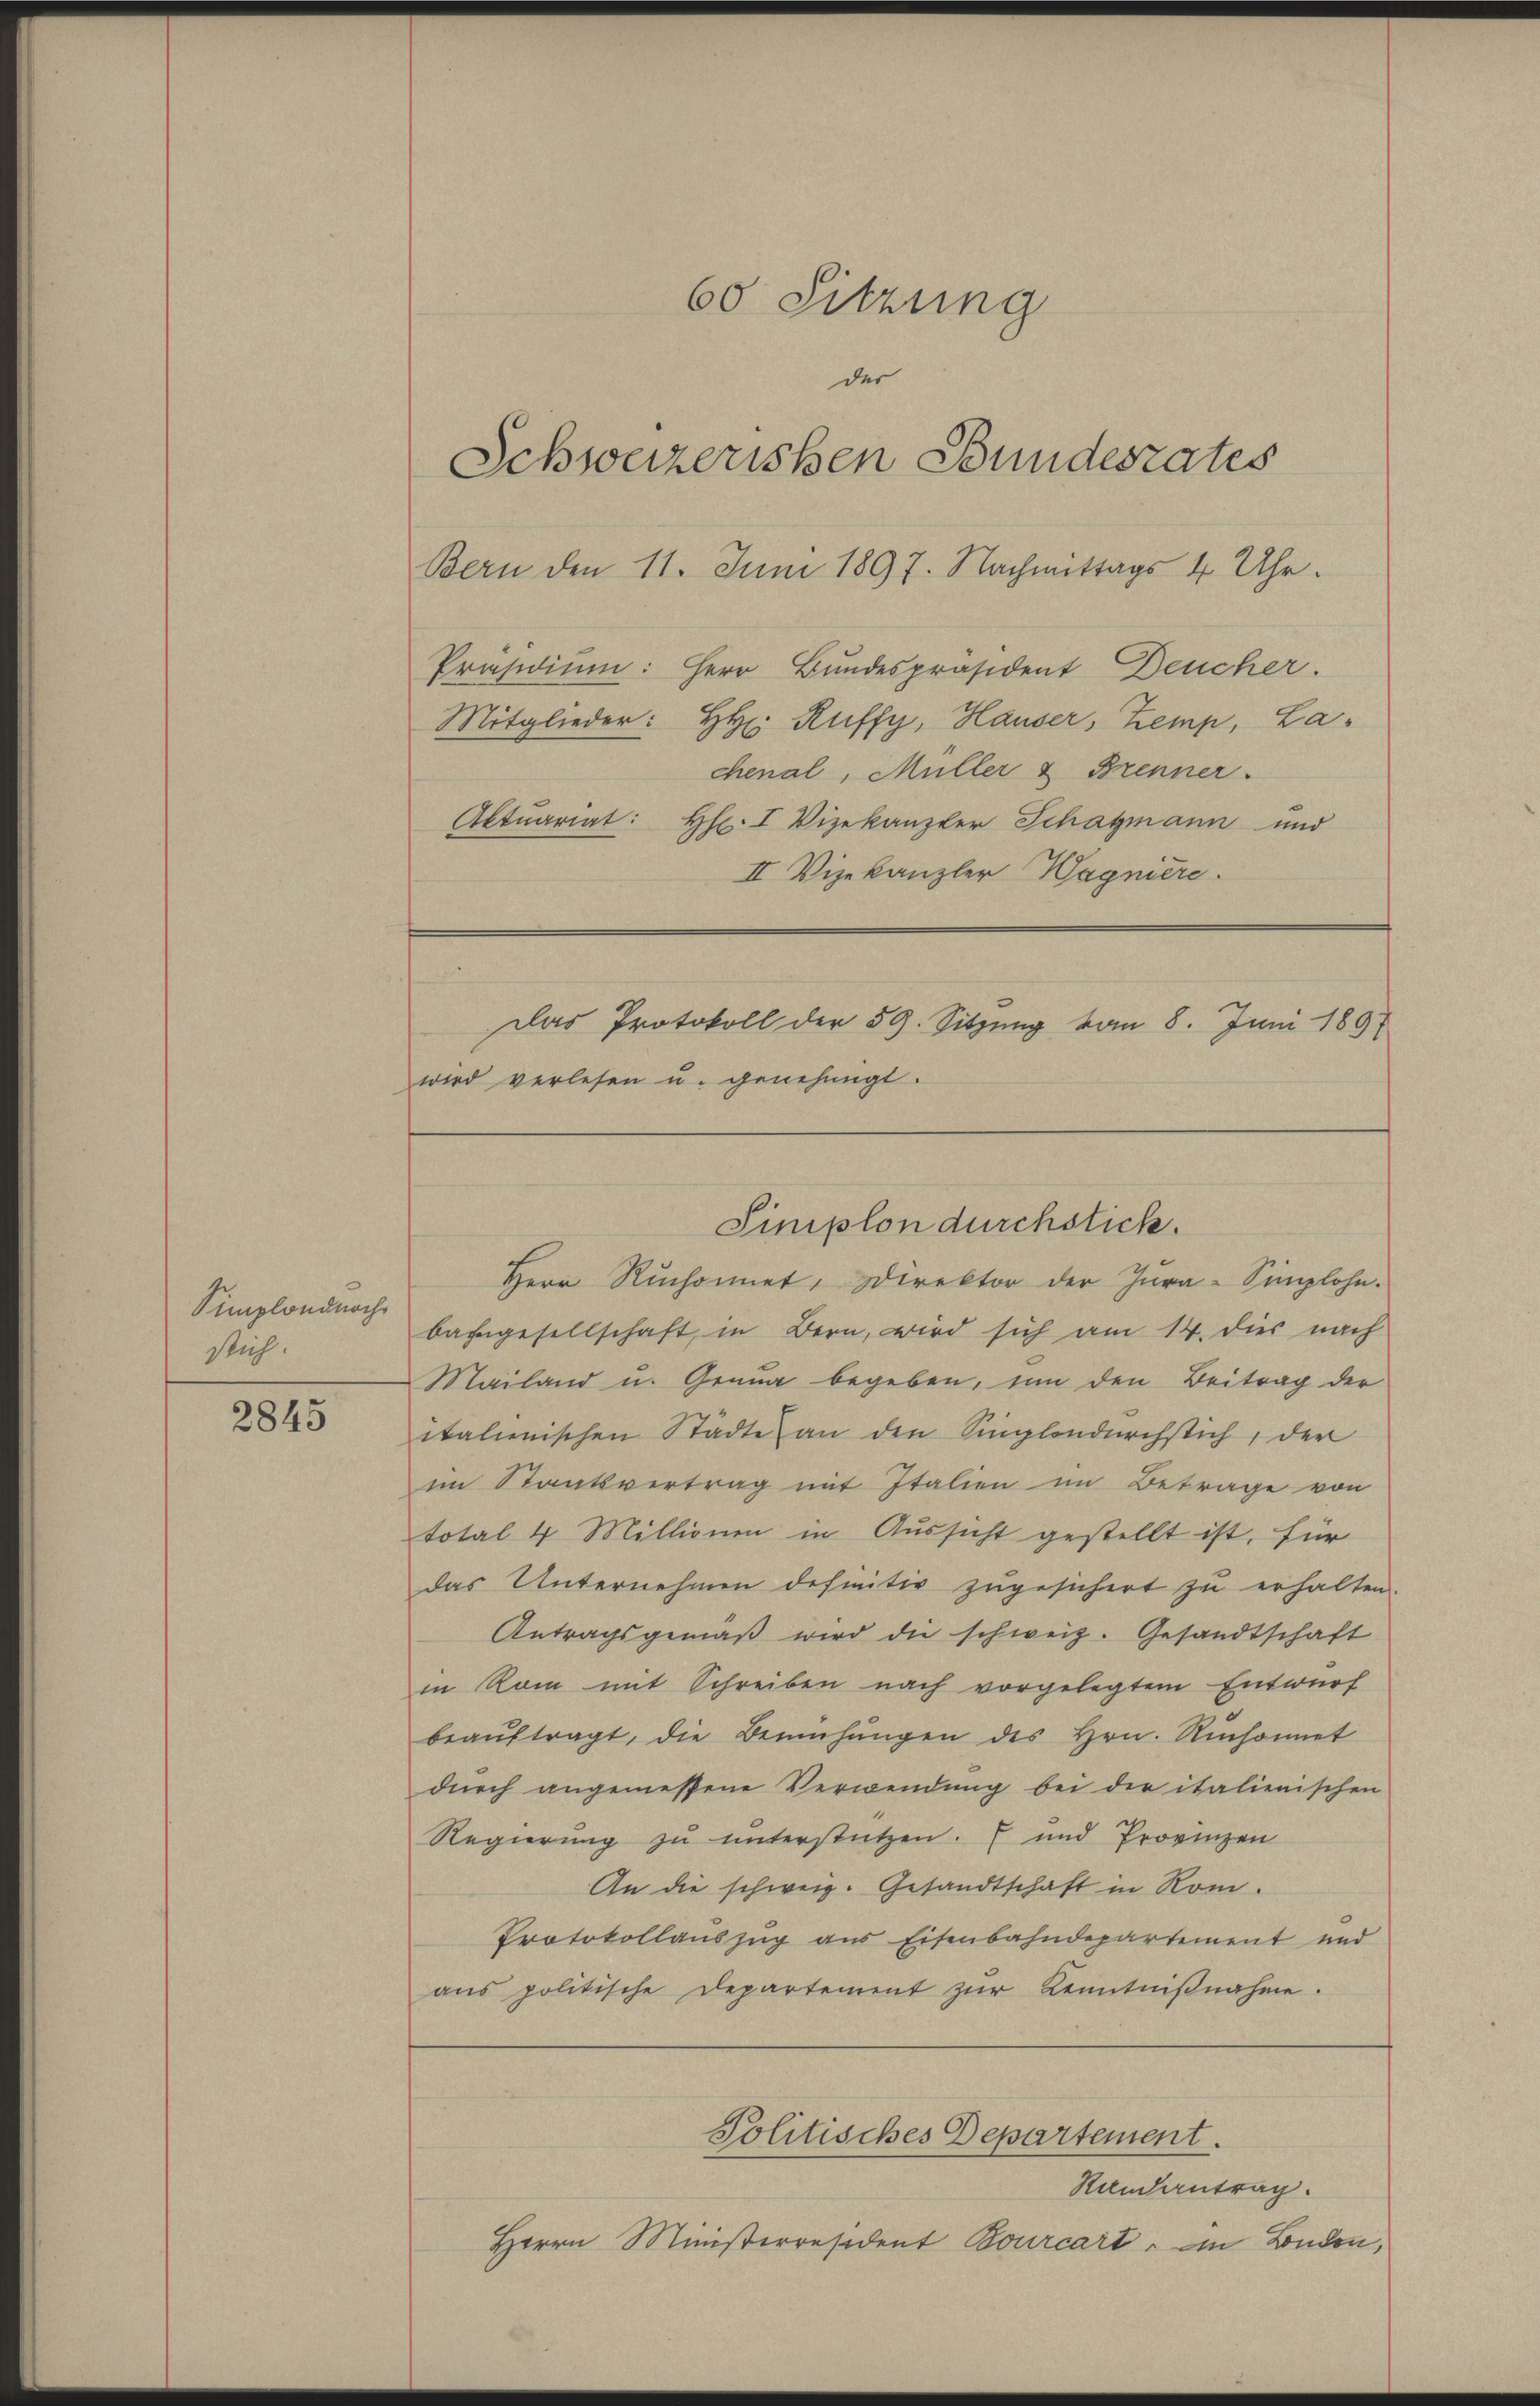
Simplondurch
Stich.

2845

Bern den 11. Juni 1897. Nachmittags 4 Uhr.
Präsidiŭm: Herr Bundespräsident Deucher.
Mitglieder: H: Ruffy, Hauser, Zemp, La-
chenal, Müller & Brenner.
Aktuariat: Hr. I Vizekanzler Schatzmann und
II Vizekanzler Wagnière.

60 Sitzung
der
Schweizerissen Bundesrates

Das Protokoll der 59. Sitzung vom 8. Juni 1891
wird verlesen u. genehmigt.

bahngesellschaft, in Bern, wird sich am 14. dies nach
Mailand u. Genua begeben, um den Beitrag der
italienischen Städte an den Singlandurchstich, der
im Staatsvertrag mit Italien im Betrage von
total 4 Millionen in Aussicht gestellt ist, für
das Unternehmen definitiv zugesichert zŭ erhalten.
Antragsgemäβ wird die schweiz. Gesandtschaft
in Rom mit Schreiben nach vorgelegtem Entwurf
beaŭftragt, die Bemühŭngen des Hrn. Risonnet
dŭrch angemessene Verwendung bei der italienischen
Regierung zu unterstützen. E und Provinzen
An die schweiz. Gesandtschaft in Rom.
Protokollauszug aus Eisenbahndepartement und
ans politische Departement zŭr Kenntniβnahme.
Politisches Departement.
Randantrag.
Herrn Ministerresident Bourcart, im Landen,

Siniplon durchstick.
Herr Ruchonnet, Direktor der Jura-Simlohn.